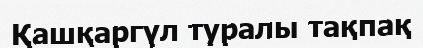
Қашқаргүл туралы тақпақ